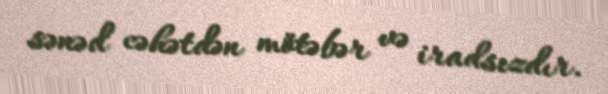
sənəd cəhətdən mötəbər və iradsızdır.